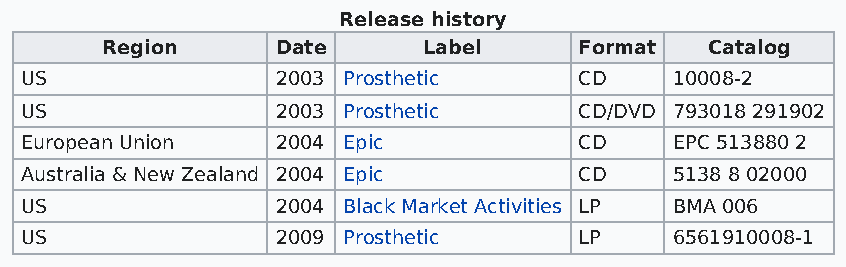
Release history
 Region     Date      Label     Format   Catalog
 US               2003 Prosthetic     CD     10008-2
 US               2003 Prosthetic     CD/DVD 793018 291902
 European Union   2004 Epic           CD     EPC 513880 2
 Australia & New Zealand 2004 Epic    CD     5138 8 02000
 US               2004 Black Market Activities LP BMA 006
 US               2009 Prosthetic     LP     6561910008-1